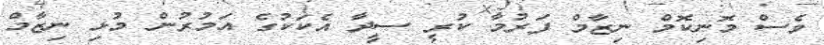
ވެސް މޮނިކޮމް ނިޒާމް ފަރުމާ ކުރީ ސީދާ އެކަކުގެ އަމުރުން މުޅި ނިޒާމް